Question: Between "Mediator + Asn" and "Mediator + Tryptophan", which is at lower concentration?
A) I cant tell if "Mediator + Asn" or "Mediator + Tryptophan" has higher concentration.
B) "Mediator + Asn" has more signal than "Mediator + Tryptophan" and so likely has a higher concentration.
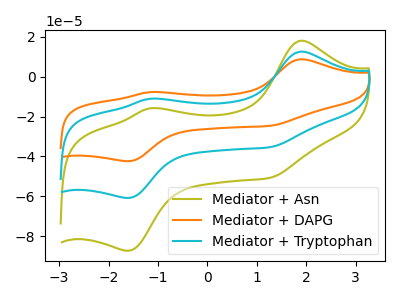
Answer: <think>The olive curve "Mediator + Asn" has anodic peaks at (1.90V, 18.10uA) (-1.15V, -15.90uA) and cathodic peaks at (-1.60V, -87.35uA) (1.25V, -50.75uA). The orange curve "Mediator + DAPG" has anodic peaks at (1.90V, 25.20uA) (-1.15V, -22.15uA) and cathodic peaks at (-1.60V, -121.70uA) (1.25V, -70.70uA). The cyan curve "Mediator + Tryptophan" has anodic peaks at (1.90V, 12.60uA) (-1.15V, -11.10uA) and cathodic peaks at (-1.60V, -60.85uA) (1.25V, -35.35uA).
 All the peaks in "Mediator + Asn" have a peak in "Mediator + Tryptophan" at the same potential.</think>
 <answer>A) I cant tell if "Mediator + Asn" or "Mediator + Tryptophan" has higher concentration.</answer>
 <eval>A</eval>